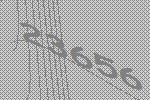
23656